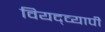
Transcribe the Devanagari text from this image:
वियद्व्यापी